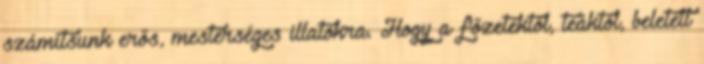
számítsunk erős, mesterséges illatokra. Hogy a főzetektől, teáktól, beletett